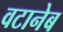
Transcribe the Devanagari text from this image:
वटानेब